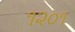
૧૨૦૧